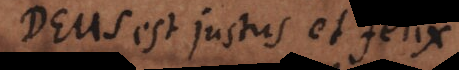
Deus est justus et felix